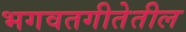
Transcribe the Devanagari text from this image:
भगवतगीतेतील